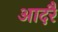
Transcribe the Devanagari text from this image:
आदरै